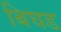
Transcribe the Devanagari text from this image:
बिघड